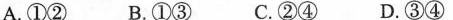
A.①② B.①③ C.②④ D.③④